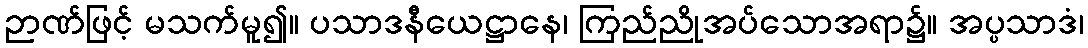
ဉာဏ်ဖြင့် မသက်မူ၍။ ပသာဒနီယေဋ္ဌာနေ၊ ကြည်ညိုအပ်သောအရာ၌။ အပ္ပသာဒံ၊